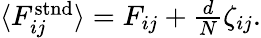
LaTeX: \begin{array}{r}{\langle F_{ij}^{\mathrm{stnd}}\rangle=F_{ij}+\frac{d}{N}\zeta_{ij}.}\end{array}